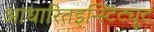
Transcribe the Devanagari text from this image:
आधारितइन्स्टिट्यूट